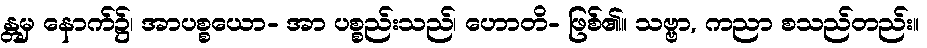
န္တမှ နောက်၌၊ အာပစ္စယော- အာ ပစ္စည်းသည်၊ ဟောတိ- ဖြစ်၏။ သဗ္ဗာ, ကညာ စသည်တည်း။